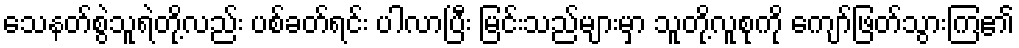
သေနတ်စွဲသူရဲတို့လည်း ပစ်ခတ်ရင်း ပါလာပြီး မြင်းသည်များမှာ သူတို့လူစုကို ကျော်ဖြတ်သွားကြ၏